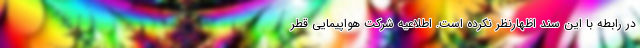
در رابطه با این سند اظهارنظر نکرده است. اطلاعیه شرکت هواپیمایی قطر